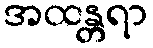
အထန္တရာ